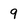
Character: 9